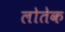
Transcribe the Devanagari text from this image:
लोतेक